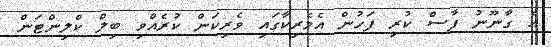
އެ ގާނޫނު ފާސް ކުރި ފަހުން އެމެރިކާގައި ވެރިކަން ކުރެއްވި ބިލް ކްލިންޓަން